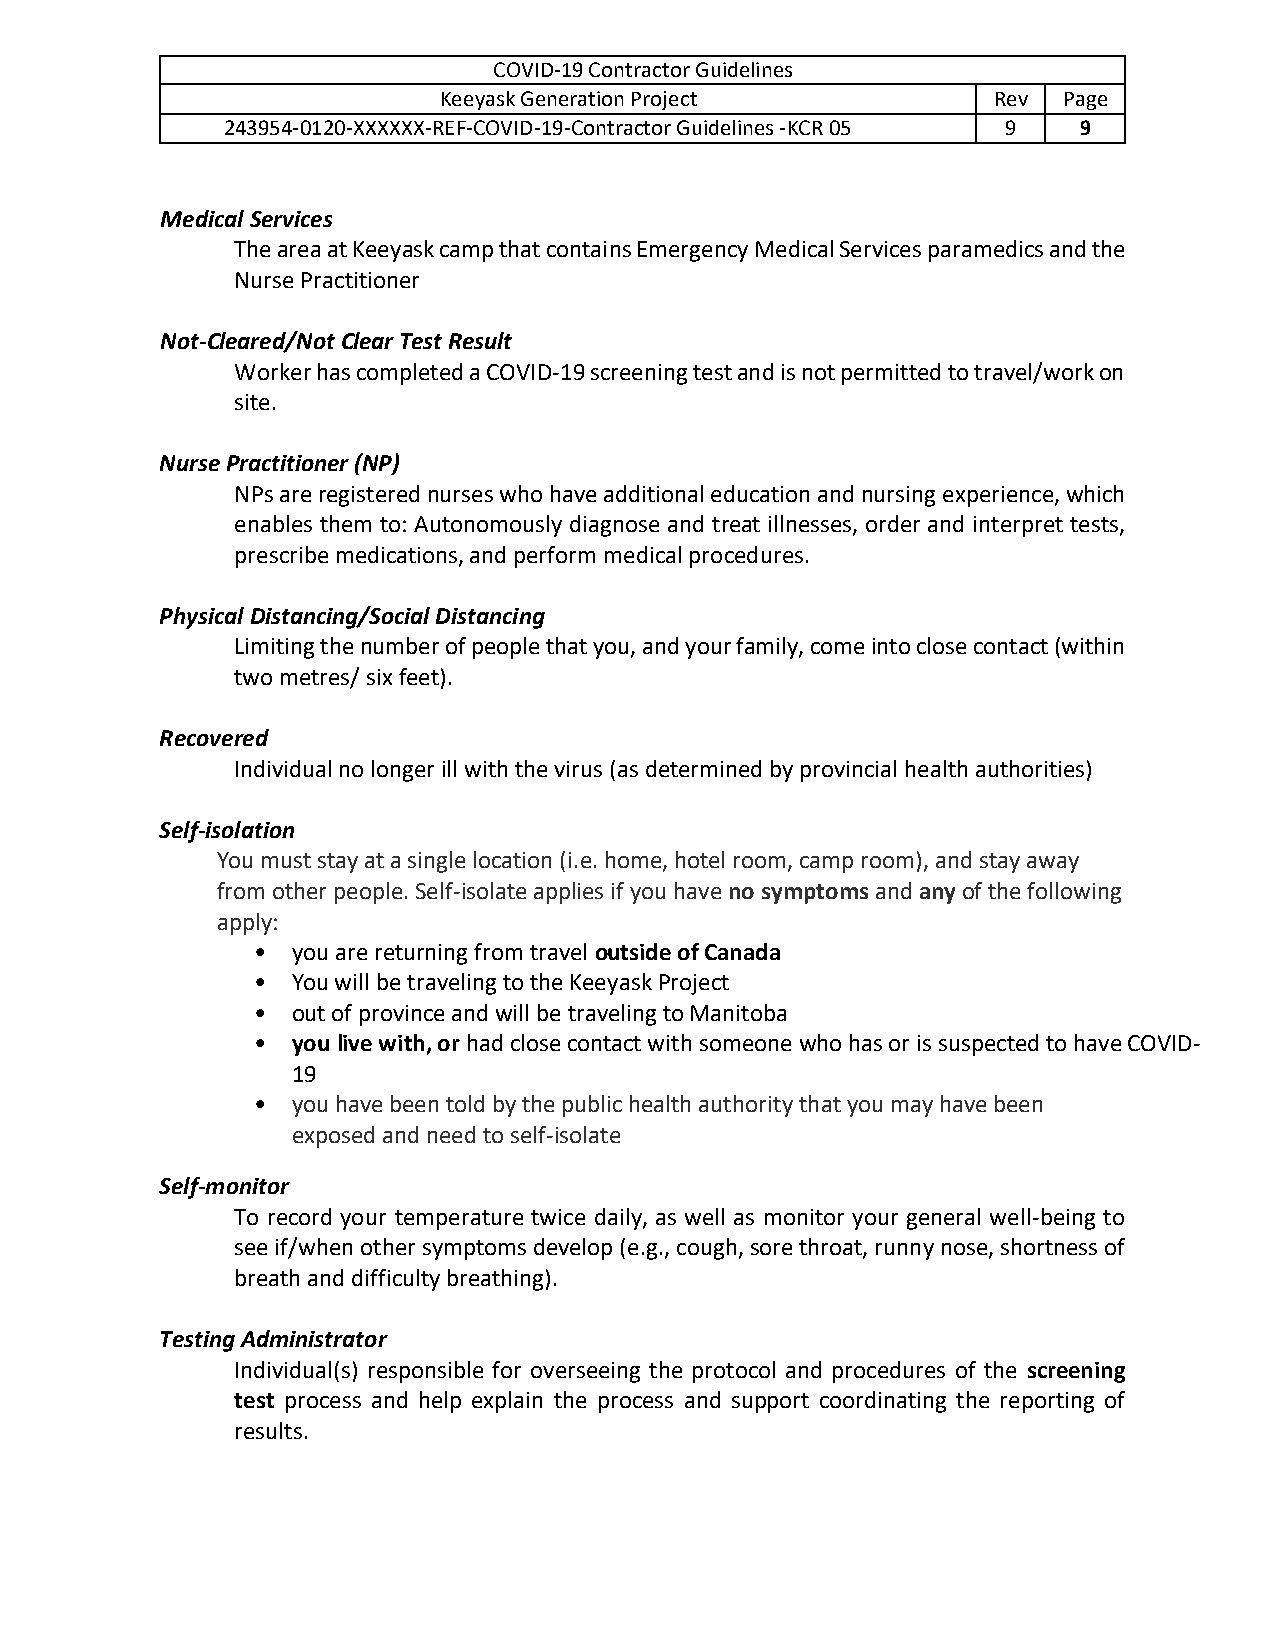
COVID-19 Contractor Guidelines
 Keeyask Generation Project           Rev Page
 243954-0120-XXXXXX-REF-COVID-19-Contractor Guidelines -KCR 05 9 9
 Medical Services
 The area at Keeyask camp that contains Emergency Medical Services paramedics and the
 Nurse Practitioner
 Not-Cleared/Not Clear Test Result
 Worker has completed a COVID-19 screening test and is not permitted to travel/work on
 site.
 Nurse Practitioner (NP)
 NPs are registered nurses who have additional education and nursing experience, which
 enables them to: Autonomously diagnose and treat illnesses, order and interpret tests,
 prescribe medications, and perform medical procedures.
 Physical Distancing/Social Distancing
 Limiting the number of people that you, and your family, come into close contact (within
 two metres/ six feet).
 Recovered
 Individual no longer ill with the virus (as determined by provincial health authorities)
 Self-isolation
 You must stay at a single location (i.e. home, hotel room, camp room), and stay away
 from other people. Self-isolate applies if you have no symptoms and any of the following
 apply:
 • you are returning from travel outside of Canada
 • You will be traveling to the Keeyask Project
 • out of province and will be traveling to Manitoba
 • you live with, or had close contact with someone who has or is suspected to have COVID-
 19
 • you have been told by the public health authority that you may have been
 exposed and need to self-isolate
 Self-monitor
 To record your temperature twice daily, as well as monitor your general well-being to
 see if/when other symptoms develop (e.g., cough, sore throat, runny nose, shortness of
 breath and difficulty breathing).
 Testing Administrator
 Individual(s) responsible for overseeing the protocol and procedures of the screening
 test process and help explain the process and support coordinating the reporting of
 results.